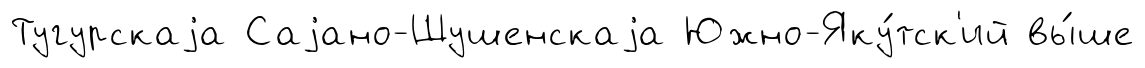
Тугурскаjа Саjано-Шушенскаjа Южно-Яку́тск'ий вы́ше